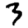
Digit: 3